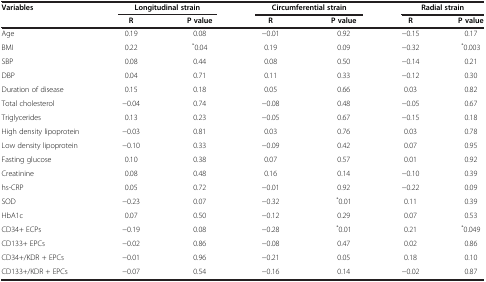
<table><thead><tr><td rowspan="2"><b>Variables</b></td><td colspan="2"><b>Longitudinal strain</b></td><td colspan="2"><b>Circumferential strain</b></td><td colspan="2"><b>Radial strain</b></td></tr><tr><td><b>R</b></td><td><b>P value</b></td><td><b>R</b></td><td><b>P value</b></td><td><b>R</b></td><td><b>P value</b></td></tr></thead><tbody><tr><td>Age</td><td>0.19</td><td>0.08</td><td>−0.01</td><td>0.92</td><td>−0.15</td><td>0.17</td></tr><tr><td>BMI</td><td>0.22</td><td><sup>*</sup>0.04</td><td>0.19</td><td>0.09</td><td>−0.32</td><td><sup>*</sup>0.003</td></tr><tr><td>SBP</td><td>0.08</td><td>0.44</td><td>0.08</td><td>0.50</td><td>−0.14</td><td>0.21</td></tr><tr><td>DBP</td><td>0.04</td><td>0.71</td><td>0.11</td><td>0.33</td><td>−0.12</td><td>0.30</td></tr><tr><td>Duration of disease</td><td>0.15</td><td>0.18</td><td>0.05</td><td>0.66</td><td>0.03</td><td>0.82</td></tr><tr><td>Total cholesterol</td><td>−0.04</td><td>0.74</td><td>−0.08</td><td>0.48</td><td>−0.05</td><td>0.67</td></tr><tr><td>Triglycerides</td><td>0.13</td><td>0.23</td><td>−0.05</td><td>0.67</td><td>−0.15</td><td>0.18</td></tr><tr><td>High density lipoprotein</td><td>−0.03</td><td>0.81</td><td>0.03</td><td>0.76</td><td>0.03</td><td>0.78</td></tr><tr><td>Low density lipoprotein</td><td>−0.10</td><td>0.33</td><td>−0.09</td><td>0.42</td><td>0.07</td><td>0.95</td></tr><tr><td>Fasting glucose</td><td>0.10</td><td>0.38</td><td>0.07</td><td>0.57</td><td>0.01</td><td>0.92</td></tr><tr><td>Creatinine</td><td>0.08</td><td>0.48</td><td>0.16</td><td>0.14</td><td>−0.10</td><td>0.39</td></tr><tr><td>hs-CRP</td><td>0.05</td><td>0.72</td><td>−0.01</td><td>0.92</td><td>−0.22</td><td>0.09</td></tr><tr><td>SOD</td><td>−0.23</td><td>0.07</td><td>−0.32</td><td><sup>*</sup>0.01</td><td>0.11</td><td>0.39</td></tr><tr><td>HbA1c</td><td>0.07</td><td>0.50</td><td>−0.12</td><td>0.29</td><td>0.07</td><td>0.53</td></tr><tr><td>CD34+ ECPs</td><td>−0.19</td><td>0.08</td><td>−0.28</td><td><sup>*</sup>0.01</td><td>0.21</td><td><sup>*</sup>0.049</td></tr><tr><td>CD133+ EPCs</td><td>−0.02</td><td>0.86</td><td>−0.08</td><td>0.47</td><td>0.02</td><td>0.86</td></tr><tr><td>CD34+/KDR + EPCs</td><td>−0.01</td><td>0.96</td><td>−0.21</td><td>0.05</td><td>0.18</td><td>0.10</td></tr><tr><td>CD133+/KDR + EPCs</td><td>−0.07</td><td>0.54</td><td>−0.16</td><td>0.14</td><td>−0.02</td><td>0.87</td></tr></tbody></table>